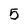
Character: 5